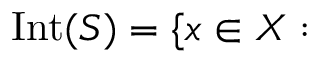
{ \mathrm { I n t } } ( S ) = \{ x \in X :